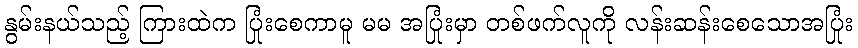
နွမ်းနယ်သည့် ကြားထဲက ပြုံးစေကာမူ မမ အပြုံးမှာ တစ်ဖက်လူကို လန်းဆန်းစေသောအပြုံး